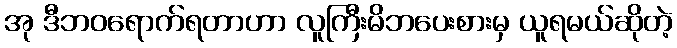
အု ဒီဘဝရောက်ရတာဟာ လူကြီးမိဘပေးစားမှ ယူရမယ်ဆိုတဲ့